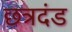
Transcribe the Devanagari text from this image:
छत्रदंड